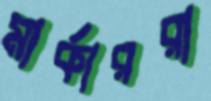
মার্কাররা